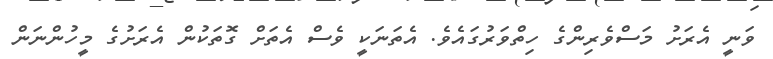
ވަނީ އެރަށު މަސްވެރިންގެ ހިތްވަރުގައެވެ. އެތަނަކީ ވެސް އެތަށް ގޮތަކުން އެރަށުގެ މީހުންނަން